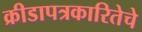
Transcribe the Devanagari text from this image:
क्रीडापत्रकारितेचे